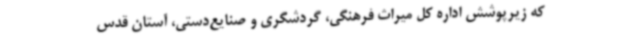
که زیرپوشش اداره کل میراث فرهنگی، گردشگری و صنایع‌دستی، آستان قدس